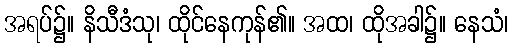
အရပ်၌။ နိသီဒံသု၊ ထိုင်နေကုန်၏။ အထ၊ ထိုအခါ၌။ နေသံ၊